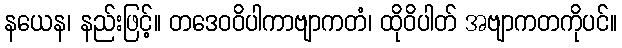
နယေန၊ နည်းဖြင့်။ တဒေဝဝိပါကာဗျာကတံ၊ ထိုဝိပါတ် အဗျာကတကိုပင်။